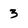
Character: 3